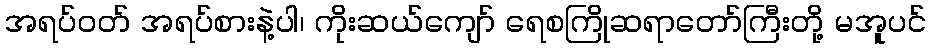
အရပ်ဝတ် အရပ်စားနဲ့ပါ၊ ကိုးဆယ်ကျော် ရေစကြိုဆရာတော်ကြီးတို့ မအူပင်